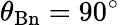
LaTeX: \theta_{\mathrm{Bn}}=90^{\circ}